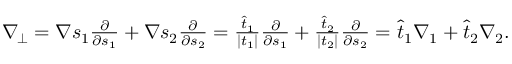
\begin{array} { r } { \nabla _ { \! \bot } = \nabla s _ { 1 } \frac { \partial } { \partial s _ { 1 } } + \nabla s _ { 2 } \frac { \partial } { \partial s _ { 2 } } = \frac { \widehat { t } _ { 1 } } { | t _ { 1 } | } \frac { \partial } { \partial s _ { 1 } } + \frac { \widehat { t } _ { 2 } } { | t _ { 2 } | } \frac { \partial } { \partial s _ { 2 } } = \widehat { t } _ { 1 } \nabla _ { 1 } + \widehat { t } _ { 2 } \nabla _ { 2 } . } \end{array}